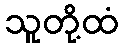
သူတို့ထံ